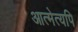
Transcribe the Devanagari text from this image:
आत्मेत्यपि